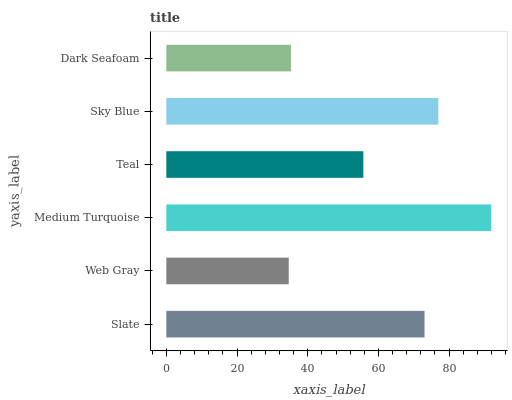
| yaxis_label | bars |
 | --- | --- |
 | Slate | 73 |
 | Web Gray | 34.6 |
 | Medium Turquoise | 91.9 |
 | Teal | 55.7 |
 | Sky Blue | 76.9 |
 | Dark Seafoam | 35.3 |